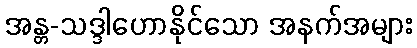
အန္တ-သဒ္ဒါဟောနိုင်သော အနက်အများ